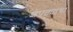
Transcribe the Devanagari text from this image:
शेपट्याचा